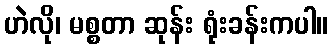
ဟဲလို၊ မစ္စတာ ဆုန်း ရုံးခန်းကပါ။